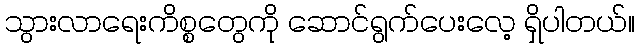
သွားလာရေးကိစ္စတွေကို ဆောင်ရွက်ပေးလေ့ ရှိပါတယ်။